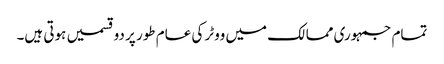
تمام جمہوری ممالک میں ووٹر کی عام طور پر دو قسمیں ہوتی ہیں۔